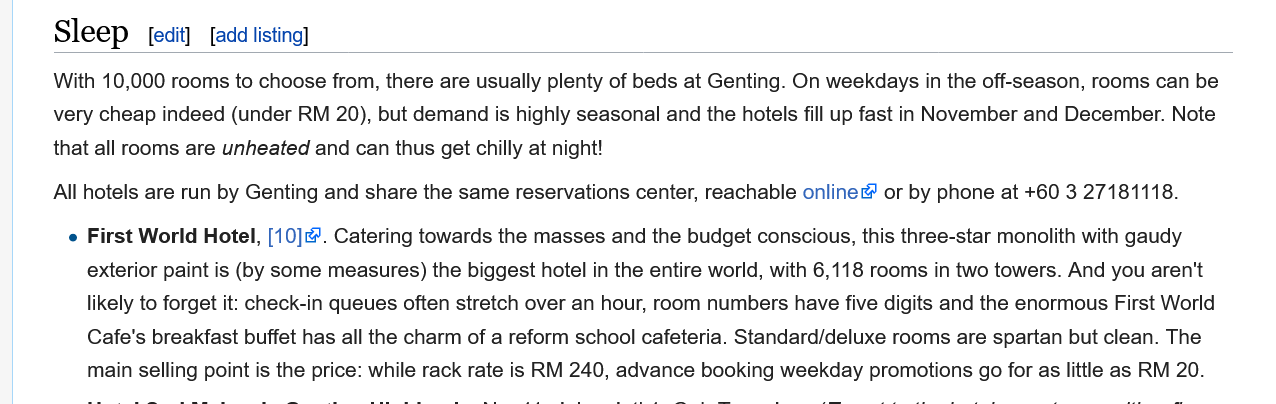
With 10,000 rooms to choose from, there are usually plenty of beds at Genting. On weekdays in the off-season, rooms can be
     very cheap indeed (under RM 20), but demand is highly seasonal and the hotels fill up fast in November and December. Note
     that all rooms are unheated and can thus get chilly at night!
     All hotels are run by Genting and share the same reservations center, reachable online® or by phone at +60 3 27181118.
     e First World Hotel, [10]. Catering towards the masses and the budget conscious, this three-star monolith with gaudy
     exterior paint is (by some measures) the biggest hotel in the entire world, with 6,118 rooms in two towers. And you aren't
     likely to forget it: check-in queues often stretch over an hour, room numbers have five digits and the enormous First World
     Cafe's breakfast buffet has all the charm of a reform school cafeteria. Standard/deluxe rooms are spartan but clean. The
     main selling point is the price: while rack rate is RM 240, advance booking weekday promotions go for as little as RM 20.
     [edit] [add listing] Sleep